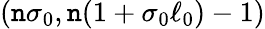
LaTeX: (\mathtt{n}\sigma_{0},\mathtt{n}(1+\sigma_{0}\ell_{0})-1)